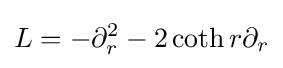
L=-\partial _{r}^{2}-2\coth r\partial _{r}